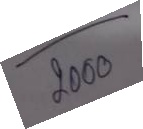
-------
 2000